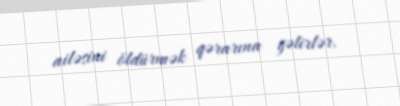
ailəsini öldürmək qərarına gəlirlər.